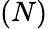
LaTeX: {(N)}